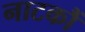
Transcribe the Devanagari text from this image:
नाटकौं